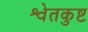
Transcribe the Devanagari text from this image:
श्वेतकुष्ट